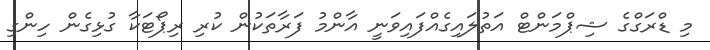
މި ޑްރަގްގެ ޝިޕްމަންޓް އަތުލައިގެއްފައިވަނީ އާންމު ފަރާތަކުން ކުރި ރިޕޯޓަކާ ގުޅިގެން ހިންގި